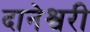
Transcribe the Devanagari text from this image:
दानेश्वरी